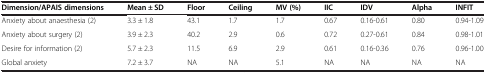
| Dimension/APAIS dimensions | Mean ± SD | Floor | Ceiling | MV (%) | IIC | IDV | Alpha | INFIT |
 | --- | --- | --- | --- | --- | --- | --- | --- | --- |
 | Anxiety about anaesthesia (2) | 3.3 ± 1.8 | 43.1 | 1.7 | 1.7 | 0.67 | 0.16-0.61 | 0.80 | 0.94-1.09 |
 | Anxiety about surgery (2) | 3.9 ± 2.3 | 40.2 | 2.9 | 0.6 | 0.72 | 0.27-0.61 | 0.84 | 0.98-1.01 |
 | Desire for information (2) | 5.7 ± 2.3 | 11.5 | 6.9 | 2.9 | 0.61 | 0.16-0.36 | 0.76 | 0.96-1.00 |
 | Global anxiety | 7.2 ± 3.7 | NA | NA | 5.1 | NA | NA | NA | NA |